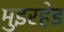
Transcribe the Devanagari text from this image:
मुइरहेड